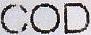
COD